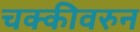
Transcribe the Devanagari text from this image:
चक्कीवरुन